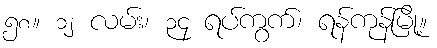
၅၈။ ၁၂ လမ်း၊ ၃၄ ရပ်ကွက်၊ ရန်ကုန်မြို့။